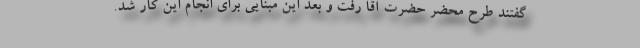
گفتند طرح محضر حضرت آقا رفت و بعد این مبنایی برای انجام این کار شد.